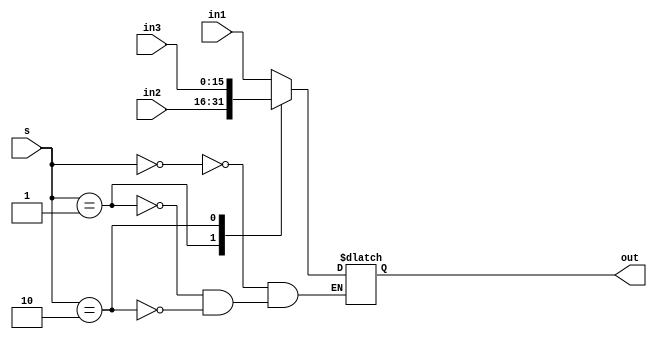
module mux_gen_32 (out, s, in1, in2, in3);

output reg [15:0] out;
input [15:0] in1, in2, in3;
input [1:0] s;

always @(*)
begin
	case(s)
	2'b00	: out = in1;
	2'b01	: out = in2;
	2'b10	: out = in3;
	endcase
end

endmodule